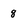
Character: 8